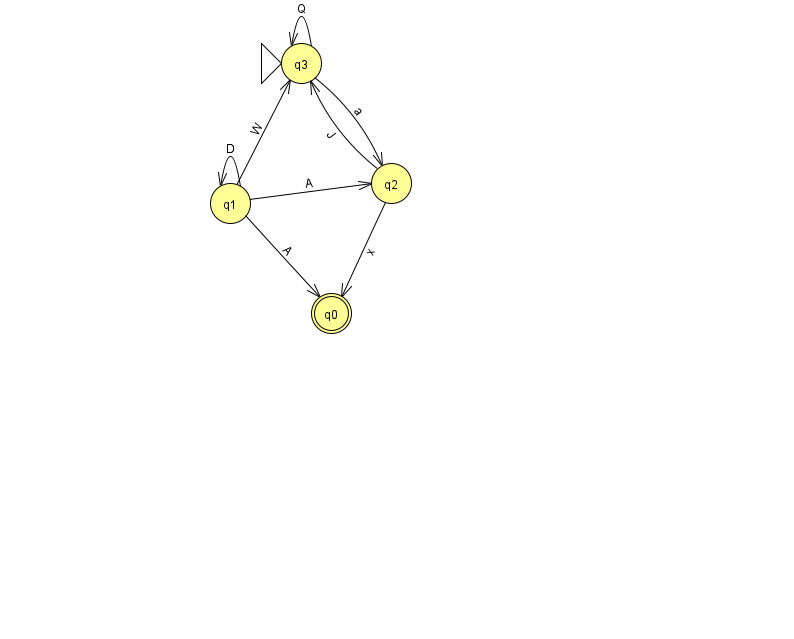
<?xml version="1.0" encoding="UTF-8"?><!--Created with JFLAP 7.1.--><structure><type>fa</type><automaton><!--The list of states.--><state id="0" name="q0"><x>331.0</x><y>300.0</y><final/></state><state id="1" name="q1"><x>230.0</x><y>190.0</y></state><state id="2" name="q2"><x>391.0</x><y>170.0</y></state><state id="3" name="q3"><x>301.0</x><y>50.0</y><initial/></state><!--The list of transitions.--><transition><from>1</from><to>2</to><read>A</read></transition><transition><from>1</from><to>3</to><read>W</read></transition><transition><from>3</from><to>3</to><read>Q</read></transition><transition><from>1</from><to>0</to><read>A</read></transition><transition><from>1</from><to>1</to><read>D</read></transition><transition><from>3</from><to>2</to><read>a</read></transition><transition><from>2</from><to>0</to><read>x</read></transition><transition><from>2</from><to>3</to><read>J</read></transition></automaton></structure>